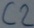
Text: C2